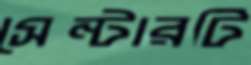
সেন্টারটি